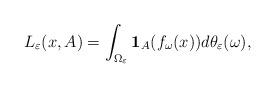
LaTeX: \begin{align*} L_{\varepsilon} (x, A)=\int_{\Omega_{\varepsilon}}\mathbf{1}_{A}(f_{\omega}(x))d\theta_{\varepsilon}(\omega), \end{align*}